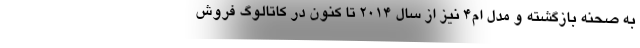
به صحنه بازگشته و مدل ام4 نیز از سال 2014 تا کنون در کاتالوگ فروش